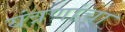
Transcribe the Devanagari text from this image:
यंत्रणांचा